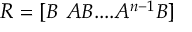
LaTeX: R = [ B \ A B . . . . A ^ { n - 1 } B ]